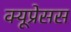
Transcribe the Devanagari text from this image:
क्यूप्रेसस